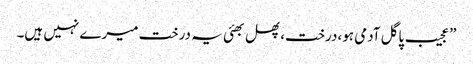
”عجیب پاگل آدمی ہو،درخت،پھل بھئی یہ درخت میرے نہیں ہیں۔